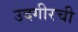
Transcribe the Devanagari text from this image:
उदगीरची